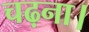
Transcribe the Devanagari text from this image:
चढ़ना।